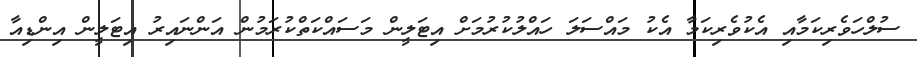
ސުލްހަވެރިކަމާއި އެކުވެރިކަމާ އެކު މައްސަލަ ހައްލުކުރުމަށް އިޓަލީން މަސައްކަތްކުރަމުން އަންނައިރު އިޓަލީން އިންޑިއާ